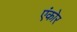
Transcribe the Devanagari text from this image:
एंकोर